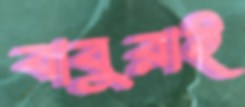
বাবুরাই